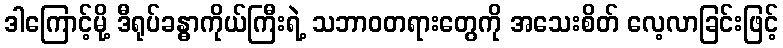
ဒါကြောင့်မို့ ဒီရုပ်ခန္ဓာကိုယ်ကြီးရဲ့ သဘာဝတရားတွေကို အသေးစိတ် လေ့လာခြင်းဖြင့်